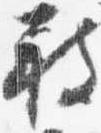
被